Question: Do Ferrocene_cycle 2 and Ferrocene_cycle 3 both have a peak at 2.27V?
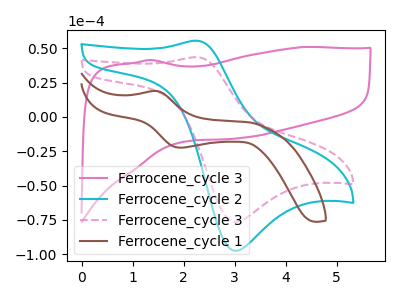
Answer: <think>The pink curve "Ferrocene_cycle 3" has no peaks. The cyan curve "Ferrocene_cycle 2" has an anodic peak at (2.25V, 55.50uA) and a cathodic peak at (3.00V, -97.45uA). The pink dashed curve "Ferrocene_cycle 3" has an anodic peak at (2.25V, 43.50uA) and a cathodic peak at (3.00V, -76.40uA). The brown curve "Ferrocene_cycle 1" has an anodic peak at (1.45V, 18.90uA) and a cathodic peak at (1.95V, -22.35uA).</think>
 <answer>Yes, "Ferrocene_cycle 2" and "Ferrocene_cycle 3" share a peak at 2.27V.</answer>
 <eval>match</eval>